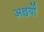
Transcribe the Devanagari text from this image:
अश्चर्यों